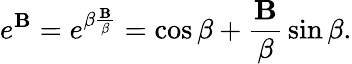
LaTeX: e^{\mathbf{B}}=e^{\beta{\frac{\mathbf{B}}{\beta}}}=\cos{\beta}+{\frac{\mathbf{B}}{\beta}}\sin{\beta}.